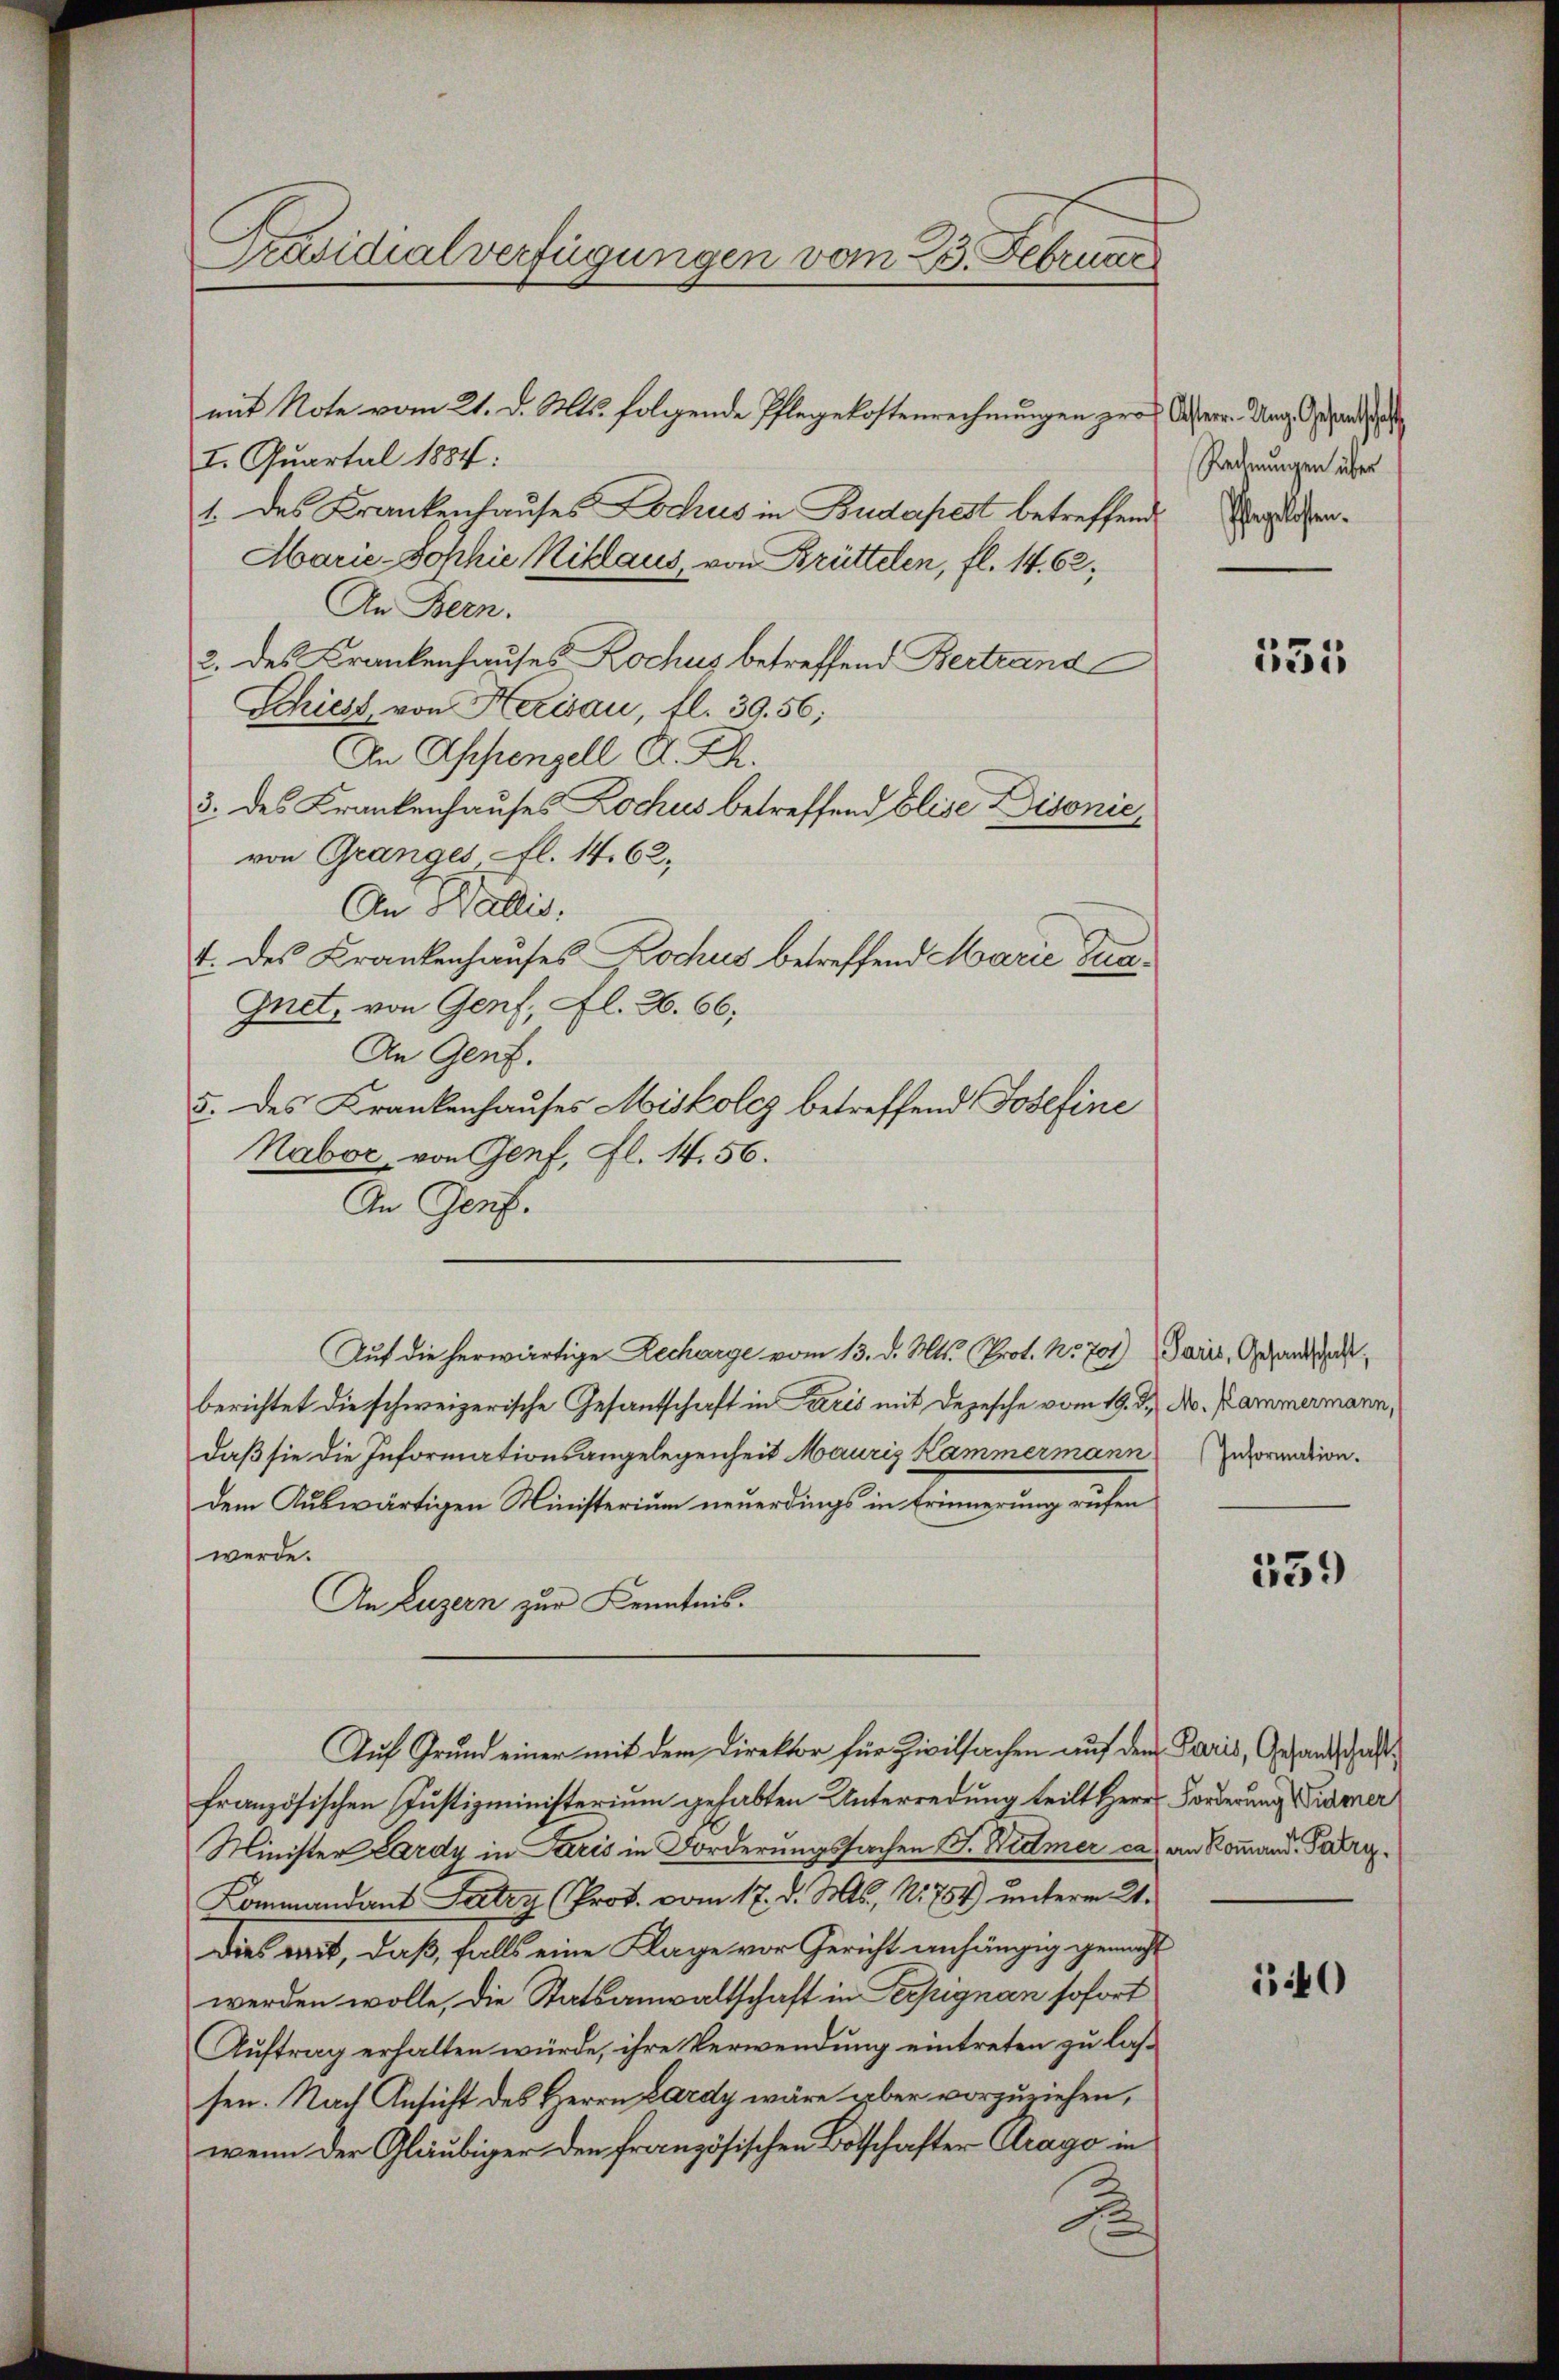
Präsidialverfügungen vom 23. Februar

mit Note vom 21. d. Mts. folgende Pflegekostenrechnungen pro Osterr. Ung. Gesandts
I. Quartal 1884:
1. des Krankenhauses Lochus in Budapest betreffende Verlesen¬
Marie-Sophie Niklaus, von Brüttelen, fl. 14. 62,
An Bern.
2. des Krankenhauses Lochus betreffend Bertrand
Schiest, von Herisau, fl. 39. 56;
An Appenzell A. S.
3. des Krankenhauses Lochus betreffend Elise Disonić,
von Granges, fl. 14. 62,
An Wallis,
t. des Krankenhauses Dochus betreffend Marie Sua¬
Gnet, von Genf, Al. Z. 66;
An Genf.
5. des Krankenhauses Miskolcz betreffend Josefine
Nabor von Genf, Fl. 44. 56.
An Genf.
Auf die herwärtige Decharge vom 13. d. Mts. Prot. No. 701) Paris, Gesandte
berichtet die schweizerische Gesantschaft in Paris mit Depesche vom 19. d. No. Kammermann,
daß sie die Informationsangelegenheit Maurig Kammermann
dem Auswärtigen Ministerium neuerdings in Erinnerung rufen
werde.
An Luzern zur Kenntnis.
Auf Grund einer mit dem Direktor für Zivilsachen auf den Paris, Gesandschaftfranzösischen Justizministerium gehabten Unterredung teilt Herr Forderung Brämer
Minister Lardy in Paris in Forderungssachen G. Widmer cas an Romand. Patro¬
Kommandant Petry (Prot. vom 17. d. Ms., N. 754) unterm 21.
Dies wart, daß, falls eine Klage vor Gericht anhängig gemacht
werden wolle, die Statsanwaltschaft in Terpignan sofort
Auftrag erhalten würde, ihre Verwendung eintreten zu las-
sen. Nach Ansicht des Herrn Lardy wäre aber vorzuziehen,
wenn der Gläubiger den französischen Botschafter Arago in
B

Rednungen über

155

Information.

539

140